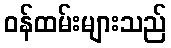
ဝန်ထမ်းများသည်